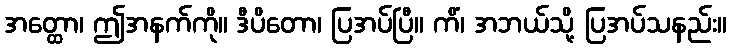
အတ္ထော၊ ဤအနက်ကို။ ဒီပိတော၊ ပြအပ်ပြီ။ ကိံ၊ အဘယ်သို့ ပြအပ်သနည်း။